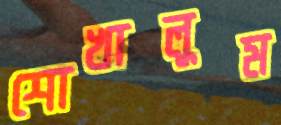
শোখালুম